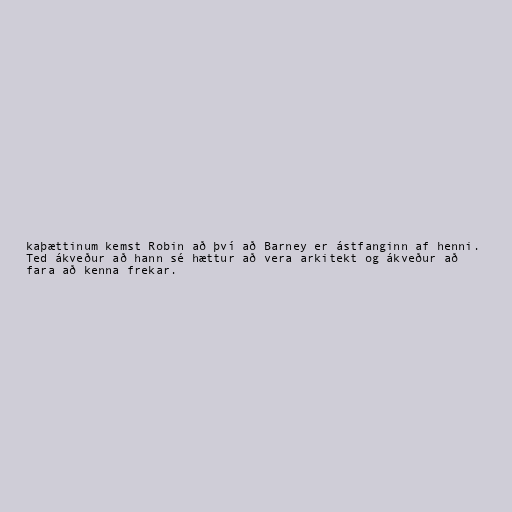
kaþættinum kemst Robin að því að Barney er ástfanginn af henni.
Ted ákveður að hann sé hættur að vera arkitekt og ákveður að
fara að kenna frekar.